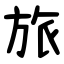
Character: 旅